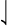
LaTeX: \downharpoonleft